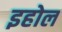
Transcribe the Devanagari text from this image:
इहोल